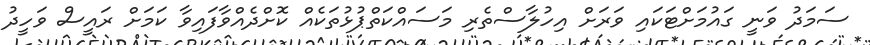
ސަމަދު ވަނީ ގައުމަށްޓަކައި ވަރަށް އިހުލާސްތެރި މަސައްކަތްޕުޅުތަކެއް ކޮށްދެއްވާފައިވާ ކަމަށް ރައީސް ވަހީދު